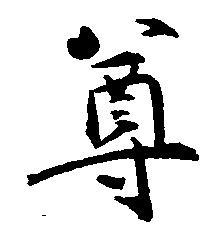
尊